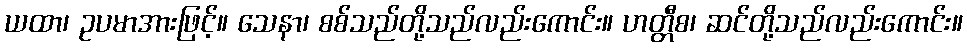
ယထာ၊ ဥပမာအားဖြင့်။ သေနာ၊ စစ်သည်တို့သည်လည်းကောင်း။ ဟတ္တီစ၊ ဆင်တို့သည်လည်းကောင်း။